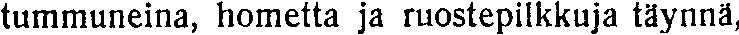
tummuneina, hometta ja ruostepilkkuja täynnä,